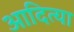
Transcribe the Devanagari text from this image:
आदित्या